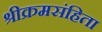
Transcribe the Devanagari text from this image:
श्रीक्रमसंहिता